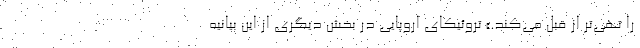
را تهی‌تر از قبل می‌کند.» تروئیکای اروپایی در بخش دیگری از این بیانیه